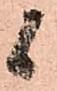
候